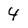
Character: 4